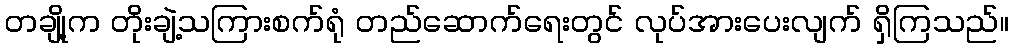
တချို့က တိုးချဲ့သကြားစက်ရုံ တည်ဆောက်ရေးတွင် လုပ်အားပေးလျက် ရှိကြသည်။